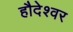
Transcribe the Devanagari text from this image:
हौदेश्वर